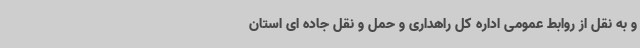
و به نقل از روابط عمومی اداره کل راهداری و حمل و نقل جاده ای استان